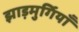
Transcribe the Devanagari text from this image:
झाड़मुर्गियाँ